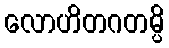
လောဟိတဂတမ္ပိ